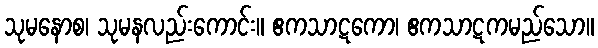
သုမနောစ၊ သုမနလည်းကောင်း။ ဧကသာဋကော၊ ဧကသာဋကမည်သော။